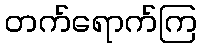
တက်ရောက်ကြ